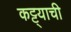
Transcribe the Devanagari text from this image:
कट्ट्याची